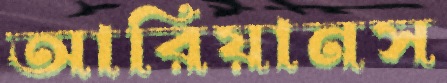
আরিয়ানস